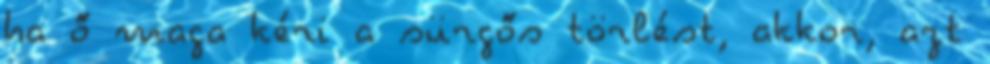
ha ő maga kéri a sürgős törlést, akkor, azt